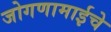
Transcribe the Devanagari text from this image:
जोगणामाईचे